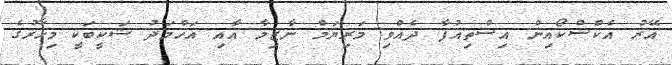
އޭރު އެކްސްކޯއިން އިސްތިއުފާ ދެއްވި މަރިޔަމް ނާޒިމާ އާއި އަހްމަދު ޝަކީބަކީ މިހާރުގެ